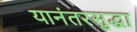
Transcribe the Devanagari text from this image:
यानंतरसुद्धा